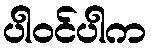
ပါဝင်ပါက